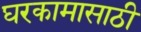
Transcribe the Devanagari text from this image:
घरकामासाठी